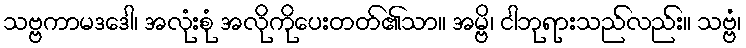
သဗ္ဗကာမဒဒေါ၊ အလုံးစုံ အလိုကိုပေးတတ်၏သာ။ အမ္ဗိ၊ ငါဘုရားသည်လည်း။ သဗ္ဗံ၊